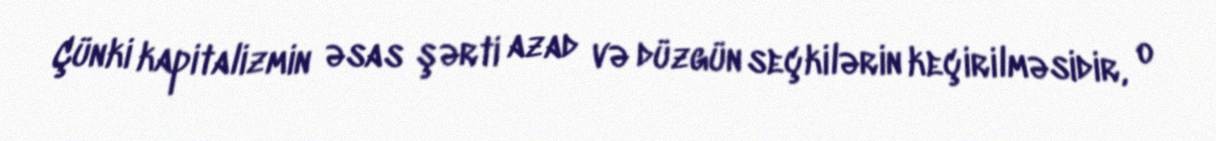
Çünki kapitalizmin əsas şərti azad və düzgün seçkilərin keçirilməsidir, o